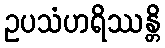
ဥပသံဟရိဿန္တိ